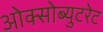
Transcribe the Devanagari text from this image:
ओक्सोब्युटरेट